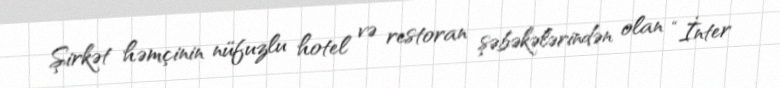
Şirkət həmçinin nüfuzlu hotel və restoran şəbəkələrindən olan “İnter